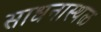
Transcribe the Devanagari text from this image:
साधनास्थळ